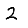
Digit: 2